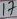
Text: 17